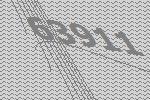
63911